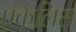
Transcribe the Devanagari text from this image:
एकलिस